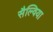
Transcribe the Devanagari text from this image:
सैल्विया